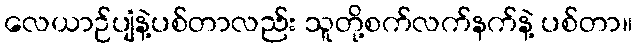
လေယာဉ်ပျံနဲ့ပစ်တာလည်း သူတို့စက်လက်နက်နဲ့ ပစ်တာ။